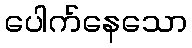
ပေါက်နေသော